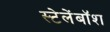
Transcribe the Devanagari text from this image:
स्टेलेंबॉश